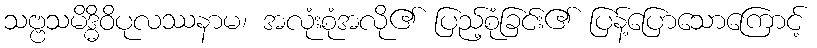
သဗ္ဗသမိဒ္ဓိဝိပုလဿနာမ၊ အလုံးစုံအလို၏ ပြည့်စုံခြင်း၏ ပြန့်ပြောသောကြောင့်